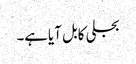
بجلی کابل آیاہے۔